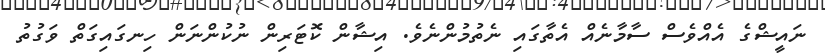
ނައީޝްގެ އެއްވެސް ސާމާނެއް އެތާގައި ނެތުމުންނެވެ. އިޝާން ކޮޓަރިން ނުކުންނަން ހިނގައިގަތް ވަގުތު